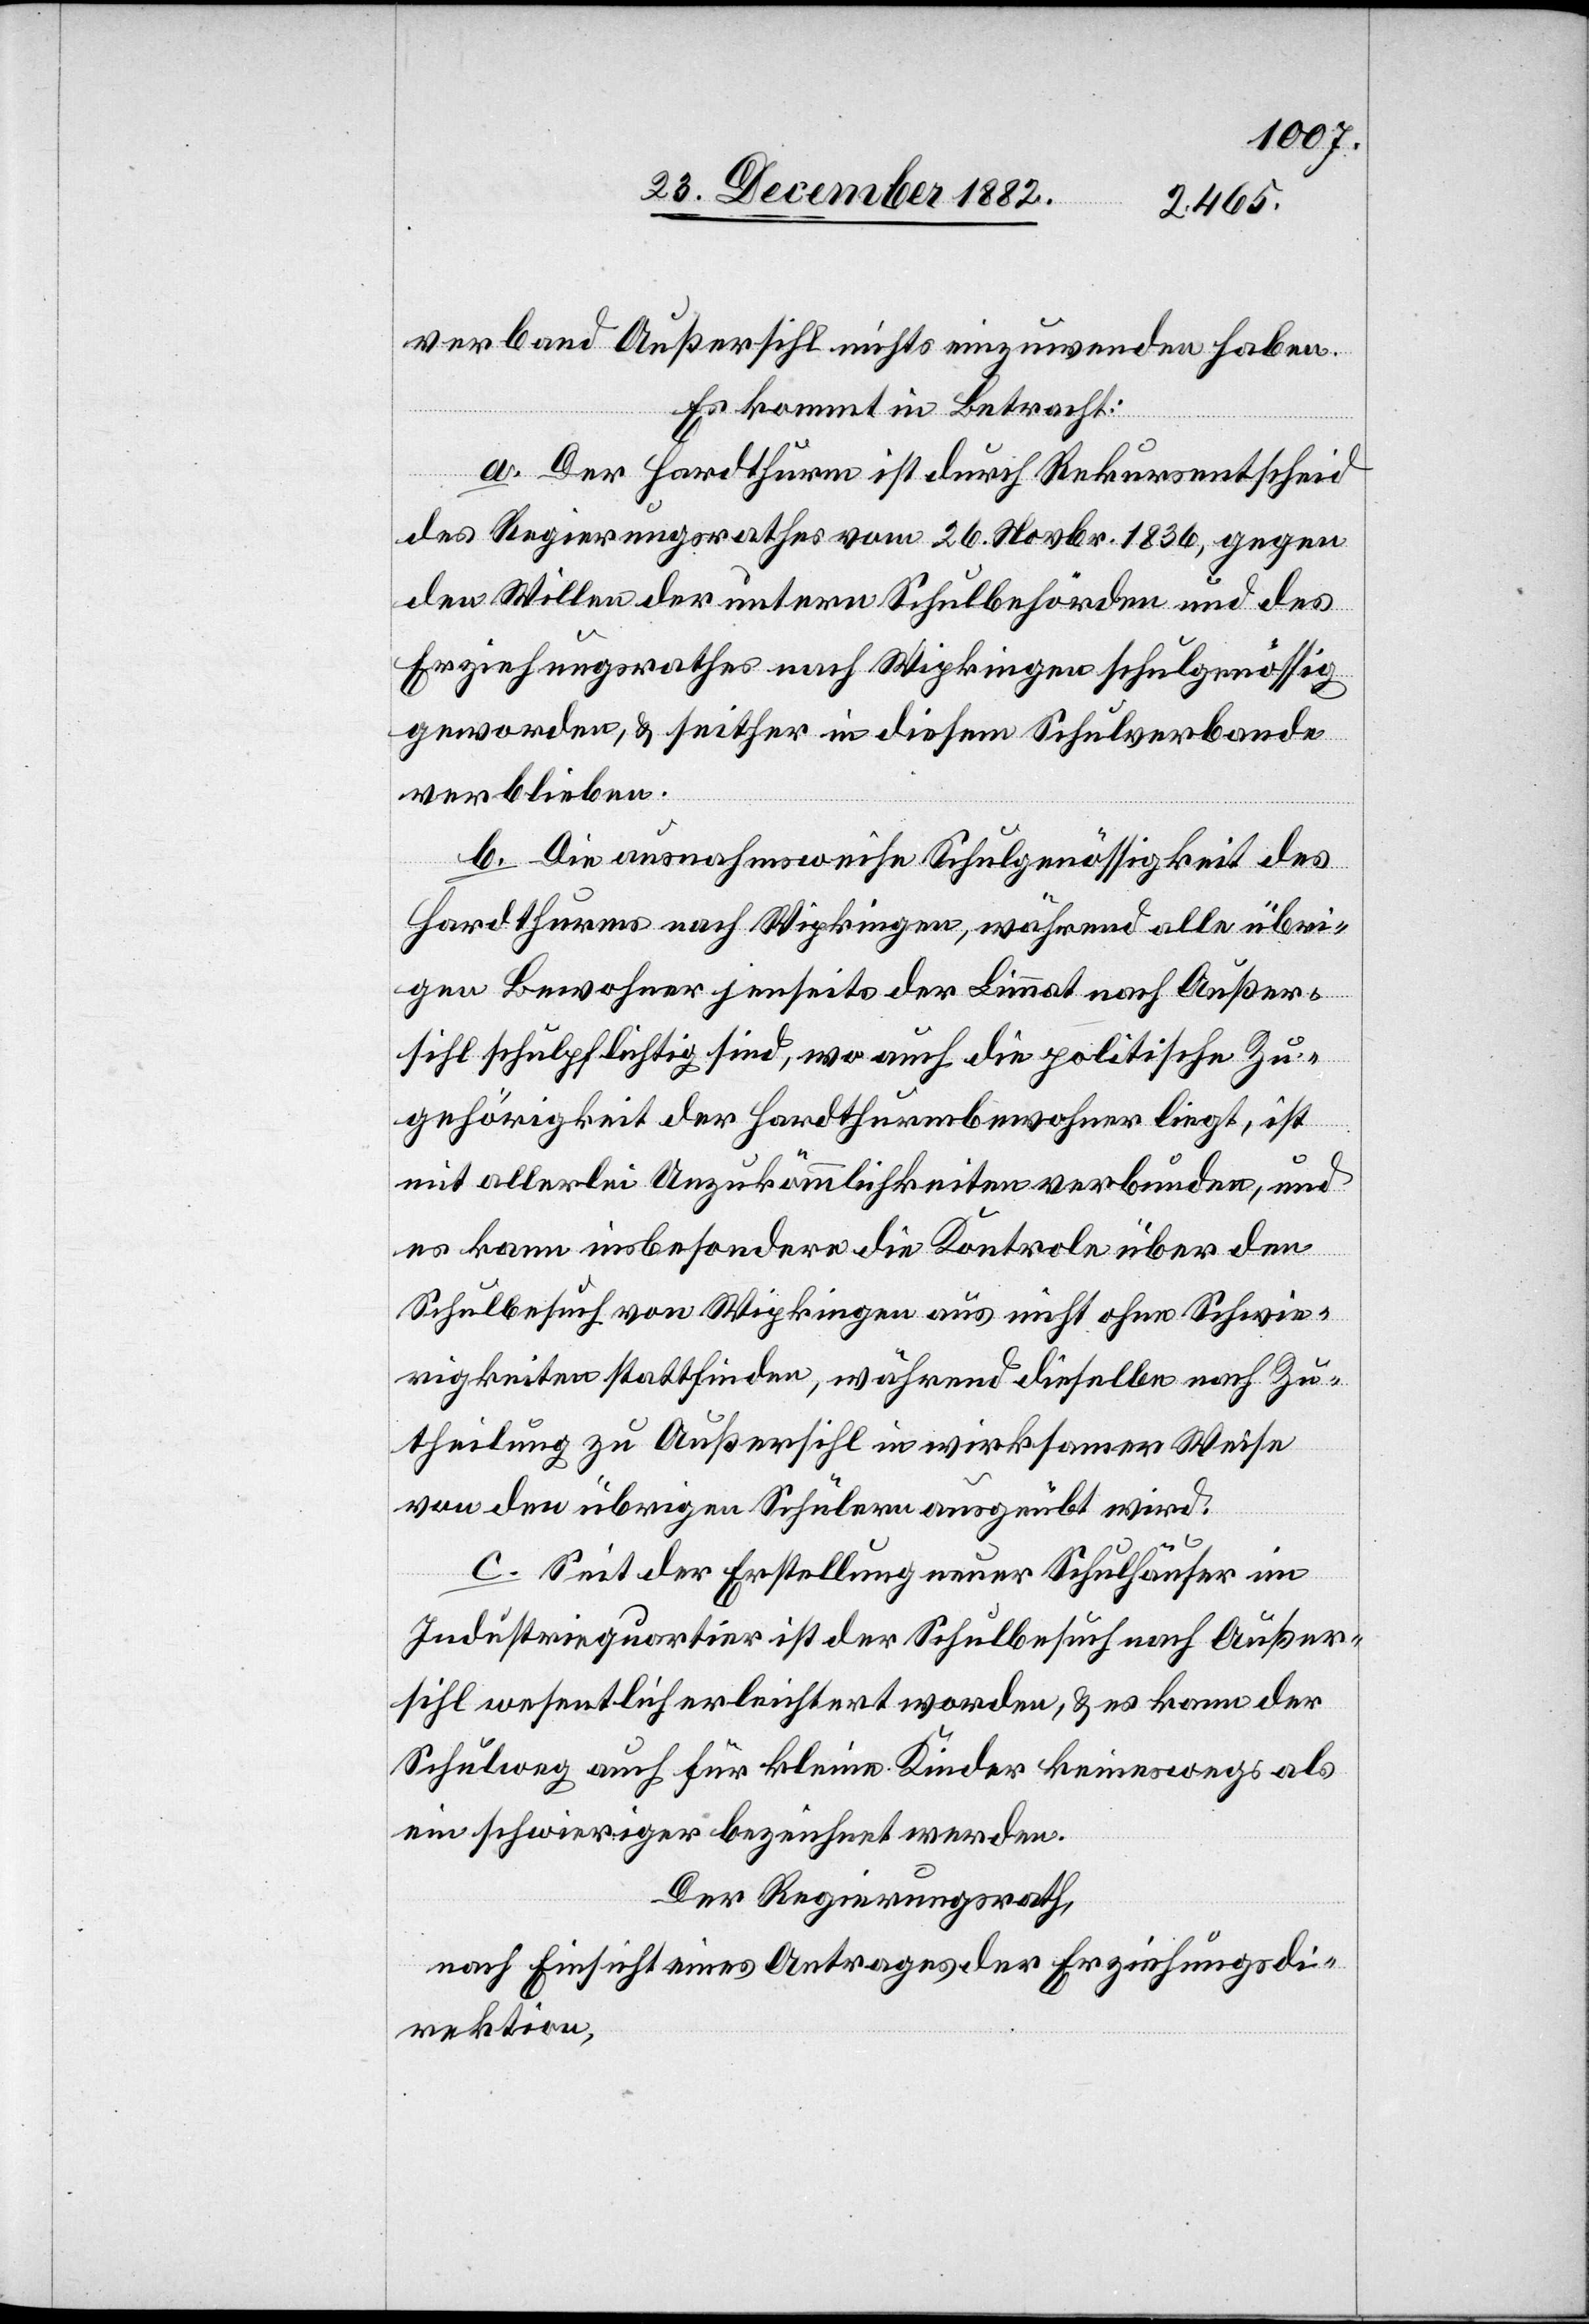
verband Außersihl nichts einzuwenden haben.
Es kommt in Betracht:
a. Der Hardthurm ist durch Rekursentscheid
des Regierungsrathes vom 26. Novbr. 1836, gegen
den Willen der untern Schulbehörden und des
Erziehungsrathes nach Wipkingen schulgenössig
geworden, & seither in diesem Schulverbande
verblieben.
b. Die ausnahmsweise Schulgenössigkeit des
Hardthurms nach Wipkingen, während alle übri¬
gen Bewohner jenseits der Limmat nach Außer¬
sihl schulpflichtig sind, wo auch die politische Zu¬
gehörigkeit der Hardthurmbewohner liegt, ist
mit allerlei Unzukömmlichkeiten verbunden, und
es kann insbesondere die Kontrole über den
Schulbesuch von Wipkingen aus nicht ohne Schwie¬
rigkeiten stattfinden, während dieselben nach Zu¬
theilung zu Außersihl in wirksamer Weise
von den übrigen Schülern ausgeübt wird.
c. Seit der Erstellung neuer Schulhäuser im
Industriequartier ist der Schulbesuch nach Außer¬
sihl wesentlich erleichtert worden, & es kann der
Schulweg auf für kleine Kinder keineswegs als
ein schwieriger bezeichnet werden.
Der Regierungsrath,
nach Einsicht eines Antrages der Erziehungsdi¬
rektion,